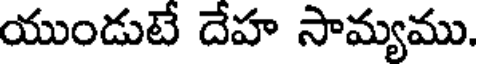
యుండుటే దేహ సామ్యము.